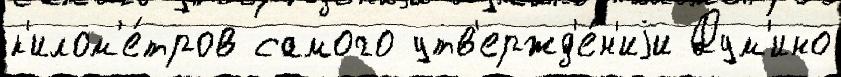
к'илом'е́тров самого утв'ержд'е́н'иjи Дум'ино